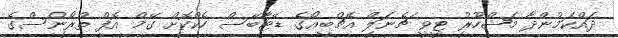
ދައްކަމުންދާ މަޝްހޫރު ޓީވީ ޗެނަލް އެޗްބީއޯގެ ޑޭޓާބޭސް ހެކްކޮށް ގޭމް އޮފް ތްރޯންސްގެ